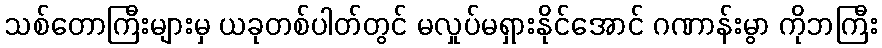
သစ်တောကြီးများမှ ယခုတစ်ပါတ်တွင် မလှုပ်မရှားနိုင်အောင် ဂဏာန်းမွာ ကိုဘကြီး